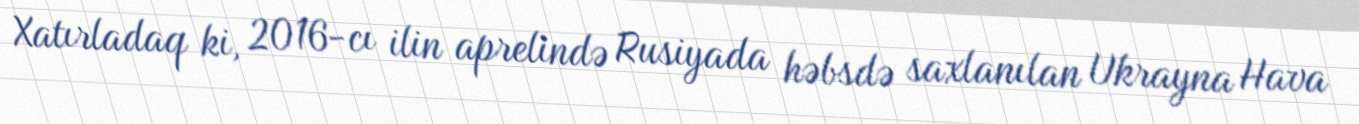
Xatırladaq ki, 2016-cı ilin aprelində Rusiyada həbsdə saxlanılan Ukrayna Hava